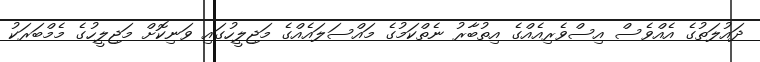
ދައުލަތުގެ އެއްވެސް އިސްވެރިއެއްގެ އިތުބާރު ނެތްކަމުގެ މައްސަލައެއްގެ މަޖިލީހުގައި ވަނިކޮށް މަޖިލީހުގެ މެމްބަރަކު